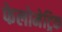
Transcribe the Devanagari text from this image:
फेलोमेट्रिक